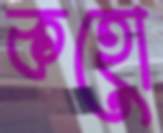
কহো